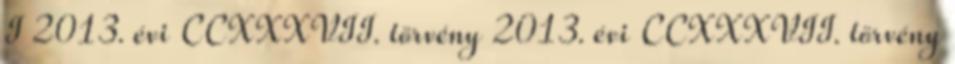
I 2013. évi CCXXXVII. törvény 2013. évi CCXXXVII. törvény